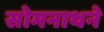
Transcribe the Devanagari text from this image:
सोमनाथने